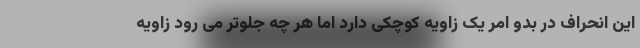
این انحراف در بدو امر یک زاویه کوچکی دارد اما هر چه جلوتر می رود زاویه